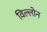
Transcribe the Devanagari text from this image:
विल्लोन